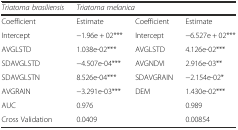
| Triatoma brasiliensis | <COLSPAN=3> Triatoma melanica |
 | --- | --- | --- | --- |
 | Coefficient | Estimate | Coefficient | Estimate |
 | Intercept | −1.96e + 02*** | Intercept | −6.527e + 02*** |
 | AVGLSTD | 1.038e-02*** | AVGLSTD | 4.126e-02*** |
 | SDAVGLSTD | −4.507e-04*** | AVGNDVI | 2.916e-03** |
 | SDAVGLSTN | 8.526e-04*** | SDAVGRAIN | −2.154e-02* |
 | AVGRAIN | −3.291e-03*** | DEM | 1.430e-02*** |
 | AUC | 0.976 |  | 0.989 |
 | Cross Validation | 0.0409 |  | 0.00854 |